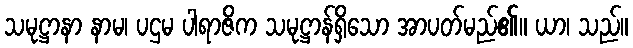
သမုဋ္ဌာနာ နာမ၊ ပဌမ ပါရာဇိက သမုဋ္ဌာန်ရှိသော အာပတ်မည်၏။ ယာ၊ သည်။